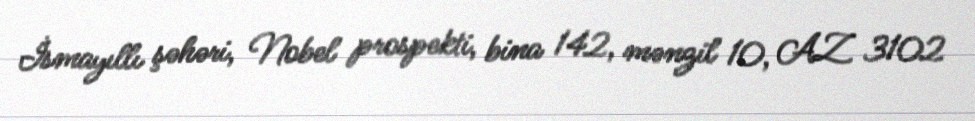
İsmayıllı şəhəri, Nobel prospekti, bina 142, mənzil 10, AZ 3102